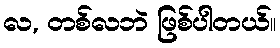
လ, တစ်လဘဲ ဖြစ်ပါတယ်။